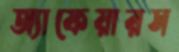
অ্যাফেয়ারস